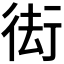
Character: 𭛰